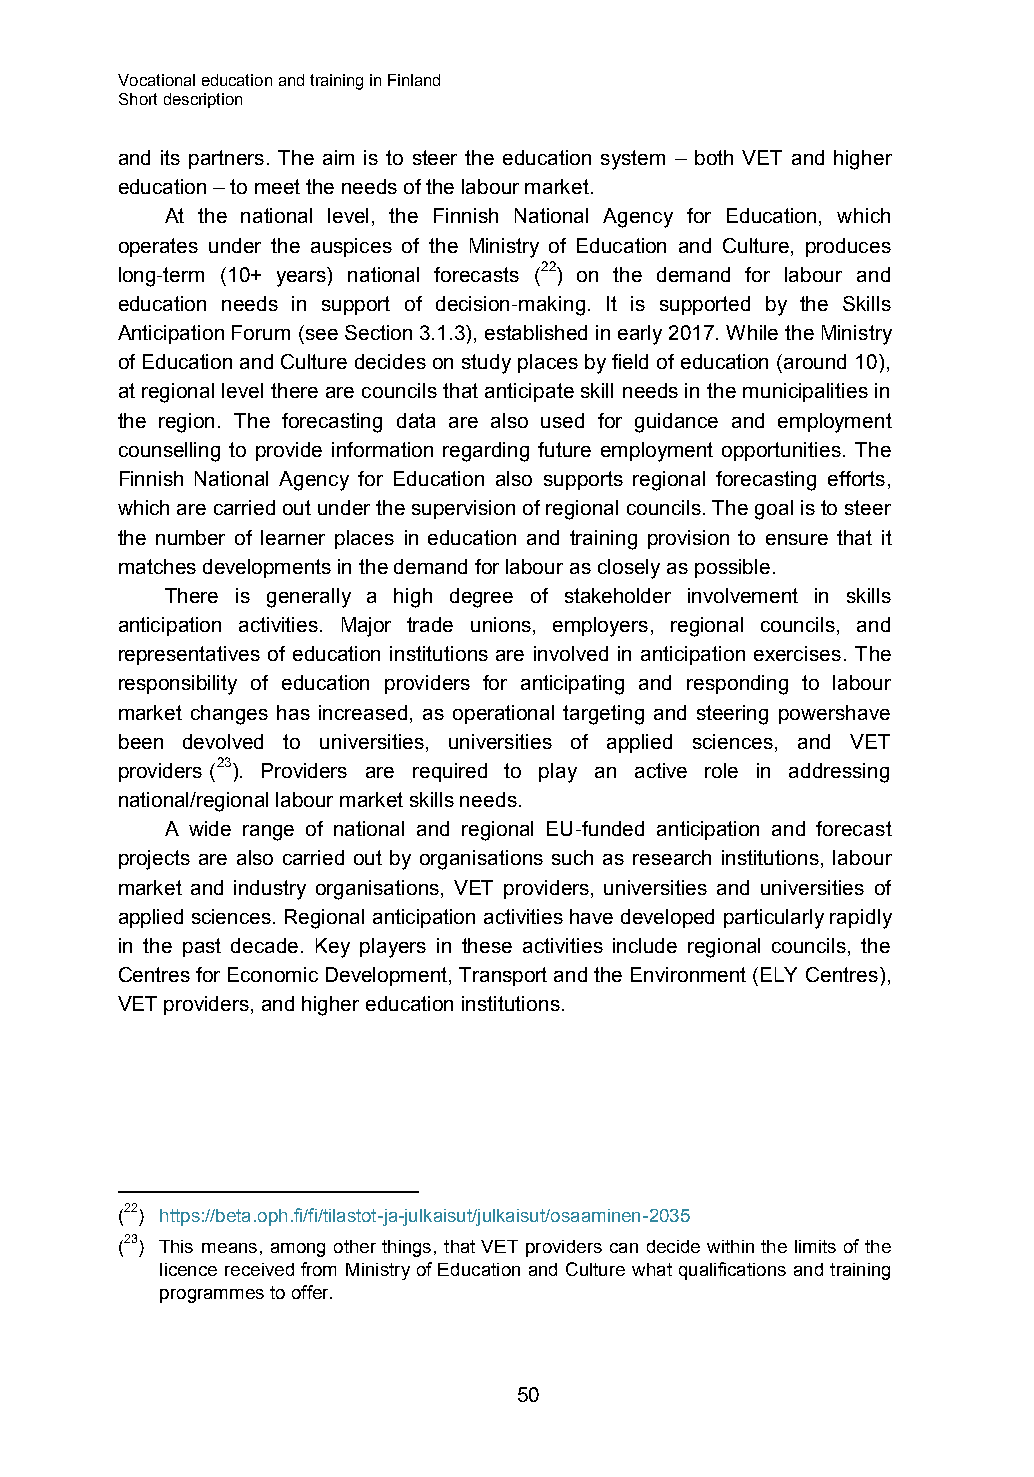
Vocational education and training in Finland
 Short description
 and its partners. The aim is to steer the education system – both VET and higher
 education – to meet the needs of the labour market.
 At the national level, the Finnish National Agency for Education, which
 operates under the auspices of the Ministry of Education and Culture, produces
 long-term (10+ years) national forecasts (22) on the demand for labour and
 education needs in support of decision-making. It is supported by the Skills
 Anticipation Forum (see Section 3.1.3), established in early 2017. While the Ministry
 of Education and Culture decides on study places by field of education (around 10),
 at regional level there are councils that anticipate skill needs in the municipalities in
 the region. The forecasting data are also used for guidance and employment
 counselling to provide information regarding future employment opportunities. The
 Finnish National Agency for Education also supports regional forecasting efforts,
 which are carried out under the supervision of regional councils. The goal is to steer
 the number of learner places in education and training provision to ensure that it
 matches developments in the demand for labour as closely as possible.
 There is generally a high degree of stakeholder involvement in skills
 anticipation activities. Major trade unions, employers, regional councils, and
 representatives of education institutions are involved in anticipation exercises. The
 responsibility of education providers for anticipating and responding to labour
 market changes has increased, as operational targeting and steering powershave
 been devolved to universities, universities of applied sciences, and VET
 providers (23). Providers are required to play an active role in addressing
 national/regional labour market skills needs.
 A wide range of national and regional EU-funded anticipation and forecast
 projects are also carried out by organisations such as research institutions, labour
 market and industry organisations, VET providers, universities and universities of
 applied sciences. Regional anticipation activities have developed particularly rapidly
 in the past decade. Key players in these activities include regional councils, the
 Centres for Economic Development, Transport and the Environment (ELY Centres),
 VET providers, and higher education institutions.
 (22) https://beta.oph.fi/fi/tilastot-ja-julkaisut/julkaisut/osaaminen-2035
 (23) This means, among other things, that VET providers can decide within the limits of the
 licence received from Ministry of Education and Culture what qualifications and training
 programmes to offer.
 50